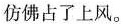
仿佛占了上风。